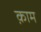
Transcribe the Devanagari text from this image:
क़ाम